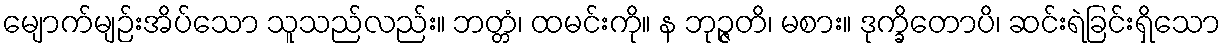
မျောက်မျဉ်းအိပ်သော သူသည်လည်း။ ဘတ္တံ၊ ထမင်းကို။ န ဘုဉ္ဇတိ၊ မစား။ ဒုက္ခိတောပိ၊ ဆင်းရဲခြင်းရှိသော